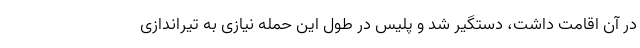
در آن اقامت داشت، دستگیر شد و پلیس در طول این حمله نیازی به تیراندازی